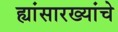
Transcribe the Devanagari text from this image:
ह्यांसारख्यांचे